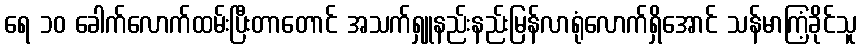
ရေ ၁၀ ခေါက်လောက်ထမ်းပြီးတာတောင် အသက်ရှူနည်းနည်းမြန်လာရုံလောက်ရှိအောင် သန်မာကြံ့ခိုင်သူ